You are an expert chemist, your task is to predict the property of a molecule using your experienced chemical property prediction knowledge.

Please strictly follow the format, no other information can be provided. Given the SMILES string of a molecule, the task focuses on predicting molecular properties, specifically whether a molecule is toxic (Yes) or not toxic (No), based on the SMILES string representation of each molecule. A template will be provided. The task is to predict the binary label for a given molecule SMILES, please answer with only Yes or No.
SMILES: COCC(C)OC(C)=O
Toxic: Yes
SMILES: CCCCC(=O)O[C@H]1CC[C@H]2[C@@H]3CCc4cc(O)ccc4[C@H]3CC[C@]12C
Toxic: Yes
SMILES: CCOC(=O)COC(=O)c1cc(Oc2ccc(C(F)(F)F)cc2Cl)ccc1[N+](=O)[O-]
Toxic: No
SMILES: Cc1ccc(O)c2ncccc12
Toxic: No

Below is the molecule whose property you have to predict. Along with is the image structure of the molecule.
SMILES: C=CCCCCCCCCCCCC
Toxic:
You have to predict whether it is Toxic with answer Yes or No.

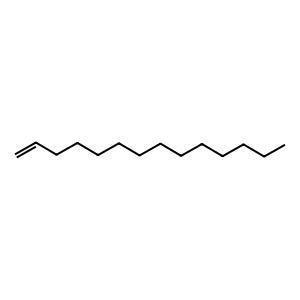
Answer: No